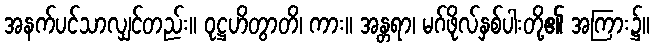
အနက်ပင်သာလျှင်တည်း။ ဝုဋ္ဌဟိတွာတိ၊ ကား။ အန္တရာ၊ မဂ်ဖိုလ်နှစ်ပါးတို့၏ အကြား၌။